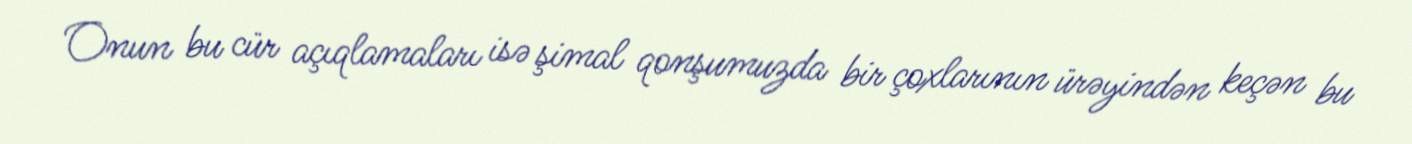
Onun bu cür açıqlamaları isə şimal qonşumuzda bir çoxlarının ürəyindən keçən bu